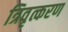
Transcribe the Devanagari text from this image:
त्रिवृत्करण